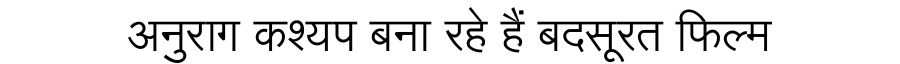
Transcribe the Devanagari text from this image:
अनुराग कश्यप बना रहे हैं बदसूरत फिल्म